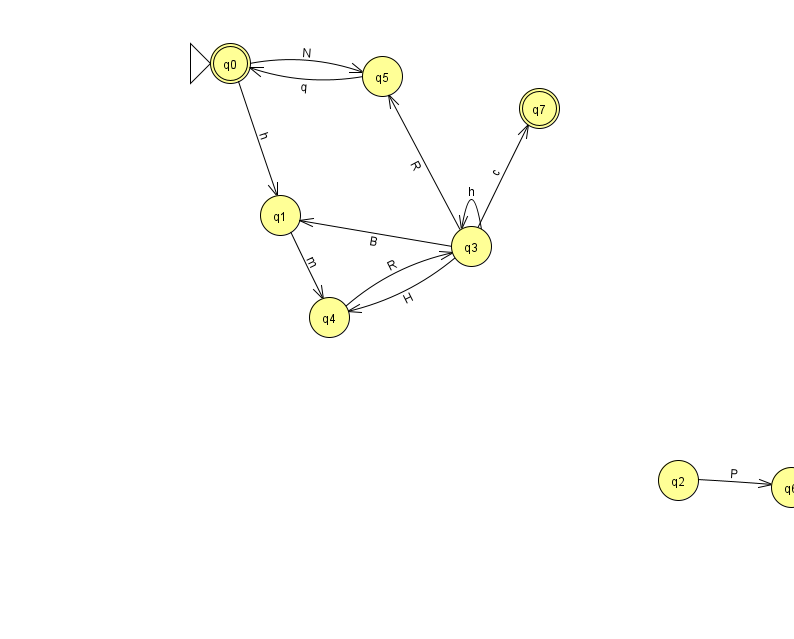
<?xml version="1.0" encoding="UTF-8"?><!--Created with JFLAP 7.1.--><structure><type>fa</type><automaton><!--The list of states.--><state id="0" name="q0"><x>230.0</x><y>50.0</y><initial/><final/></state><state id="1" name="q1"><x>280.0</x><y>202.0</y></state><state id="2" name="q2"><x>678.0</x><y>467.0</y></state><state id="3" name="q3"><x>471.0</x><y>233.0</y></state><state id="4" name="q4"><x>329.0</x><y>304.0</y></state><state id="5" name="q5"><x>382.0</x><y>63.0</y></state><state id="6" name="q6"><x>791.0</x><y>474.0</y></state><state id="7" name="q7"><x>539.0</x><y>95.0</y><final/></state><!--The list of transitions.--><transition><from>0</from><to>1</to><read>h</read></transition><transition><from>3</from><to>5</to><read>R</read></transition><transition><from>4</from><to>3</to><read>R</read></transition><transition><from>5</from><to>0</to><read>q</read></transition><transition><from>3</from><to>7</to><read>c</read></transition><transition><from>1</from><to>4</to><read>m</read></transition><transition><from>2</from><to>6</to><read>P</read></transition><transition><from>3</from><to>3</to><read>h</read></transition><transition><from>3</from><to>1</to><read>B</read></transition><transition><from>3</from><to>4</to><read>H</read></transition><transition><from>0</from><to>5</to><read>N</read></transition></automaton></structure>